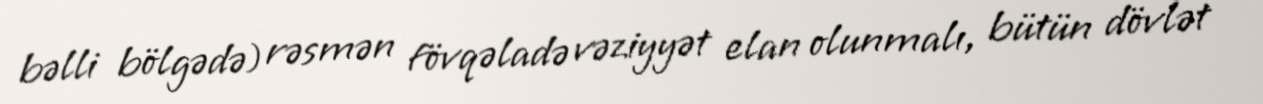
bəlli bölgədə) rəsmən fövqəladə vəziyyət elan olunmalı, bütün dövlət